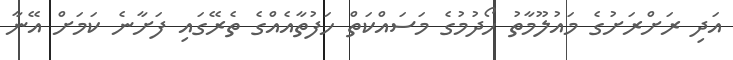
އަދި ރަށްރަށުގެ މައުލޫމާތު ހޯދުމުގެ މަސައްކަތް ހަފުތާއެއްގެ ތެރޭގައި ފަށާނެ ކަމަށް އޭނާ